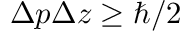
\Delta p \Delta z \ge \hbar / 2